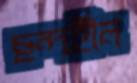
ছন্দহীন